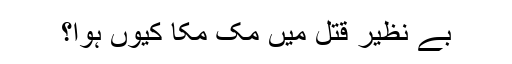
بے نظیر قتل میں مک مکا کیوں ہوا؟